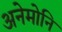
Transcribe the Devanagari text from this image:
अनेमोनि